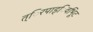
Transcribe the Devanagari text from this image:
त्िरपाड्िवभूिट